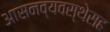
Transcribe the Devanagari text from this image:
आसनव्यवस्थेसह